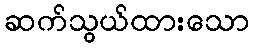
ဆက်သွယ်ထားသော